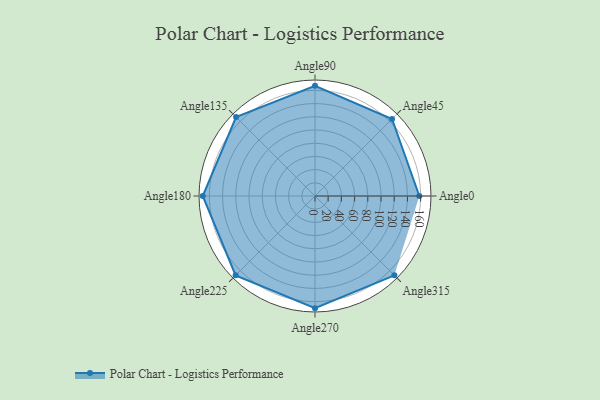
{"axis": {"x": "Angle", "y": "Radius"}, "legend": [""], "data": [{"x": "Angle0", "y": 158.0, "type": ""}, {"x": "Angle45", "y": 165.0, "type": ""}, {"x": "Angle90", "y": 167.0, "type": ""}, {"x": "Angle135", "y": 169.0, "type": ""}, {"x": "Angle180", "y": 170, "type": ""}, {"x": "Angle225", "y": 170, "type": ""}, {"x": "Angle270", "y": 170, "type": ""}, {"x": "Angle315", "y": 170, "type": ""}]}